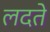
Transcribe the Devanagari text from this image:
लदते